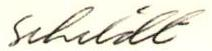
Schildt